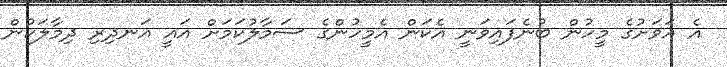
އެ އަވަށުގެ މީހުން ބުނެފައިވަނީ އެކަން އެމީހުންގެ ސަމާލުކަމަށް އައީ އަނދިރި ދިމާލަކުން